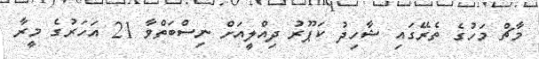
މާޗް މަހުގެ ތެރޭގައި ޝާހިދު ކަޕޫރު ދިއްލީއަށް ނިސްބަތްވާ 21 އަހަރުގެ މީރާ